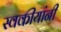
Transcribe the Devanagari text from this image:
स्वकीयांनी